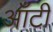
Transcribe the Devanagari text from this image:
आँटी